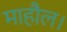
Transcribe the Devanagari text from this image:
माहौल।